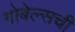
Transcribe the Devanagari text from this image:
गोबेल्सची